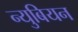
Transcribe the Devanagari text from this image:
न्युबियन